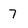
Character: 7